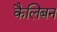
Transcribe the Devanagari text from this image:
कैलिबन